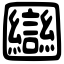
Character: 圝